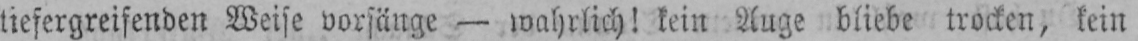
tiefergreifenden Weise vorsänge - wahrlich! kein Auge bliebe trocken, kein